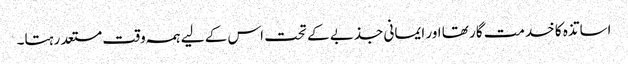
اساتذہ کا خدمت گار تھا اور ایمانی جذبے کے تحت اس کے لیے ہمہ وقت مستعد رہتا۔